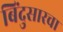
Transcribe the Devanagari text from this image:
बिंदुसारचा